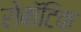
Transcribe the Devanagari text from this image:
रोबॉटिक